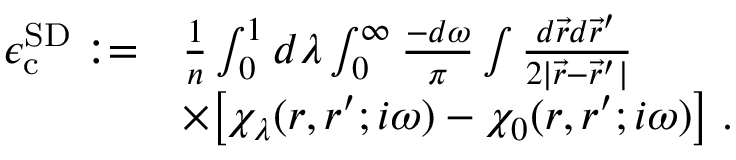
\begin{array} { r l } { \epsilon _ { \mathrm { c } } ^ { { \mathrm { S D } } } : = } & { \frac { 1 } { n } \int _ { 0 } ^ { 1 } d \lambda \int _ { 0 } ^ { \infty } \frac { - d \omega } { \pi } \int \frac { d \vec { r } d \vec { r } ^ { \prime } } { 2 | \vec { r } - \vec { r } ^ { \prime } | } } \\ & { \times \big [ \chi _ { \lambda } ( \boldsymbol { r } , \boldsymbol { r } ^ { \prime } ; i \omega ) - \chi _ { 0 } ( \boldsymbol { r } , \boldsymbol { r } ^ { \prime } ; i \omega ) \big ] \; . } \end{array}